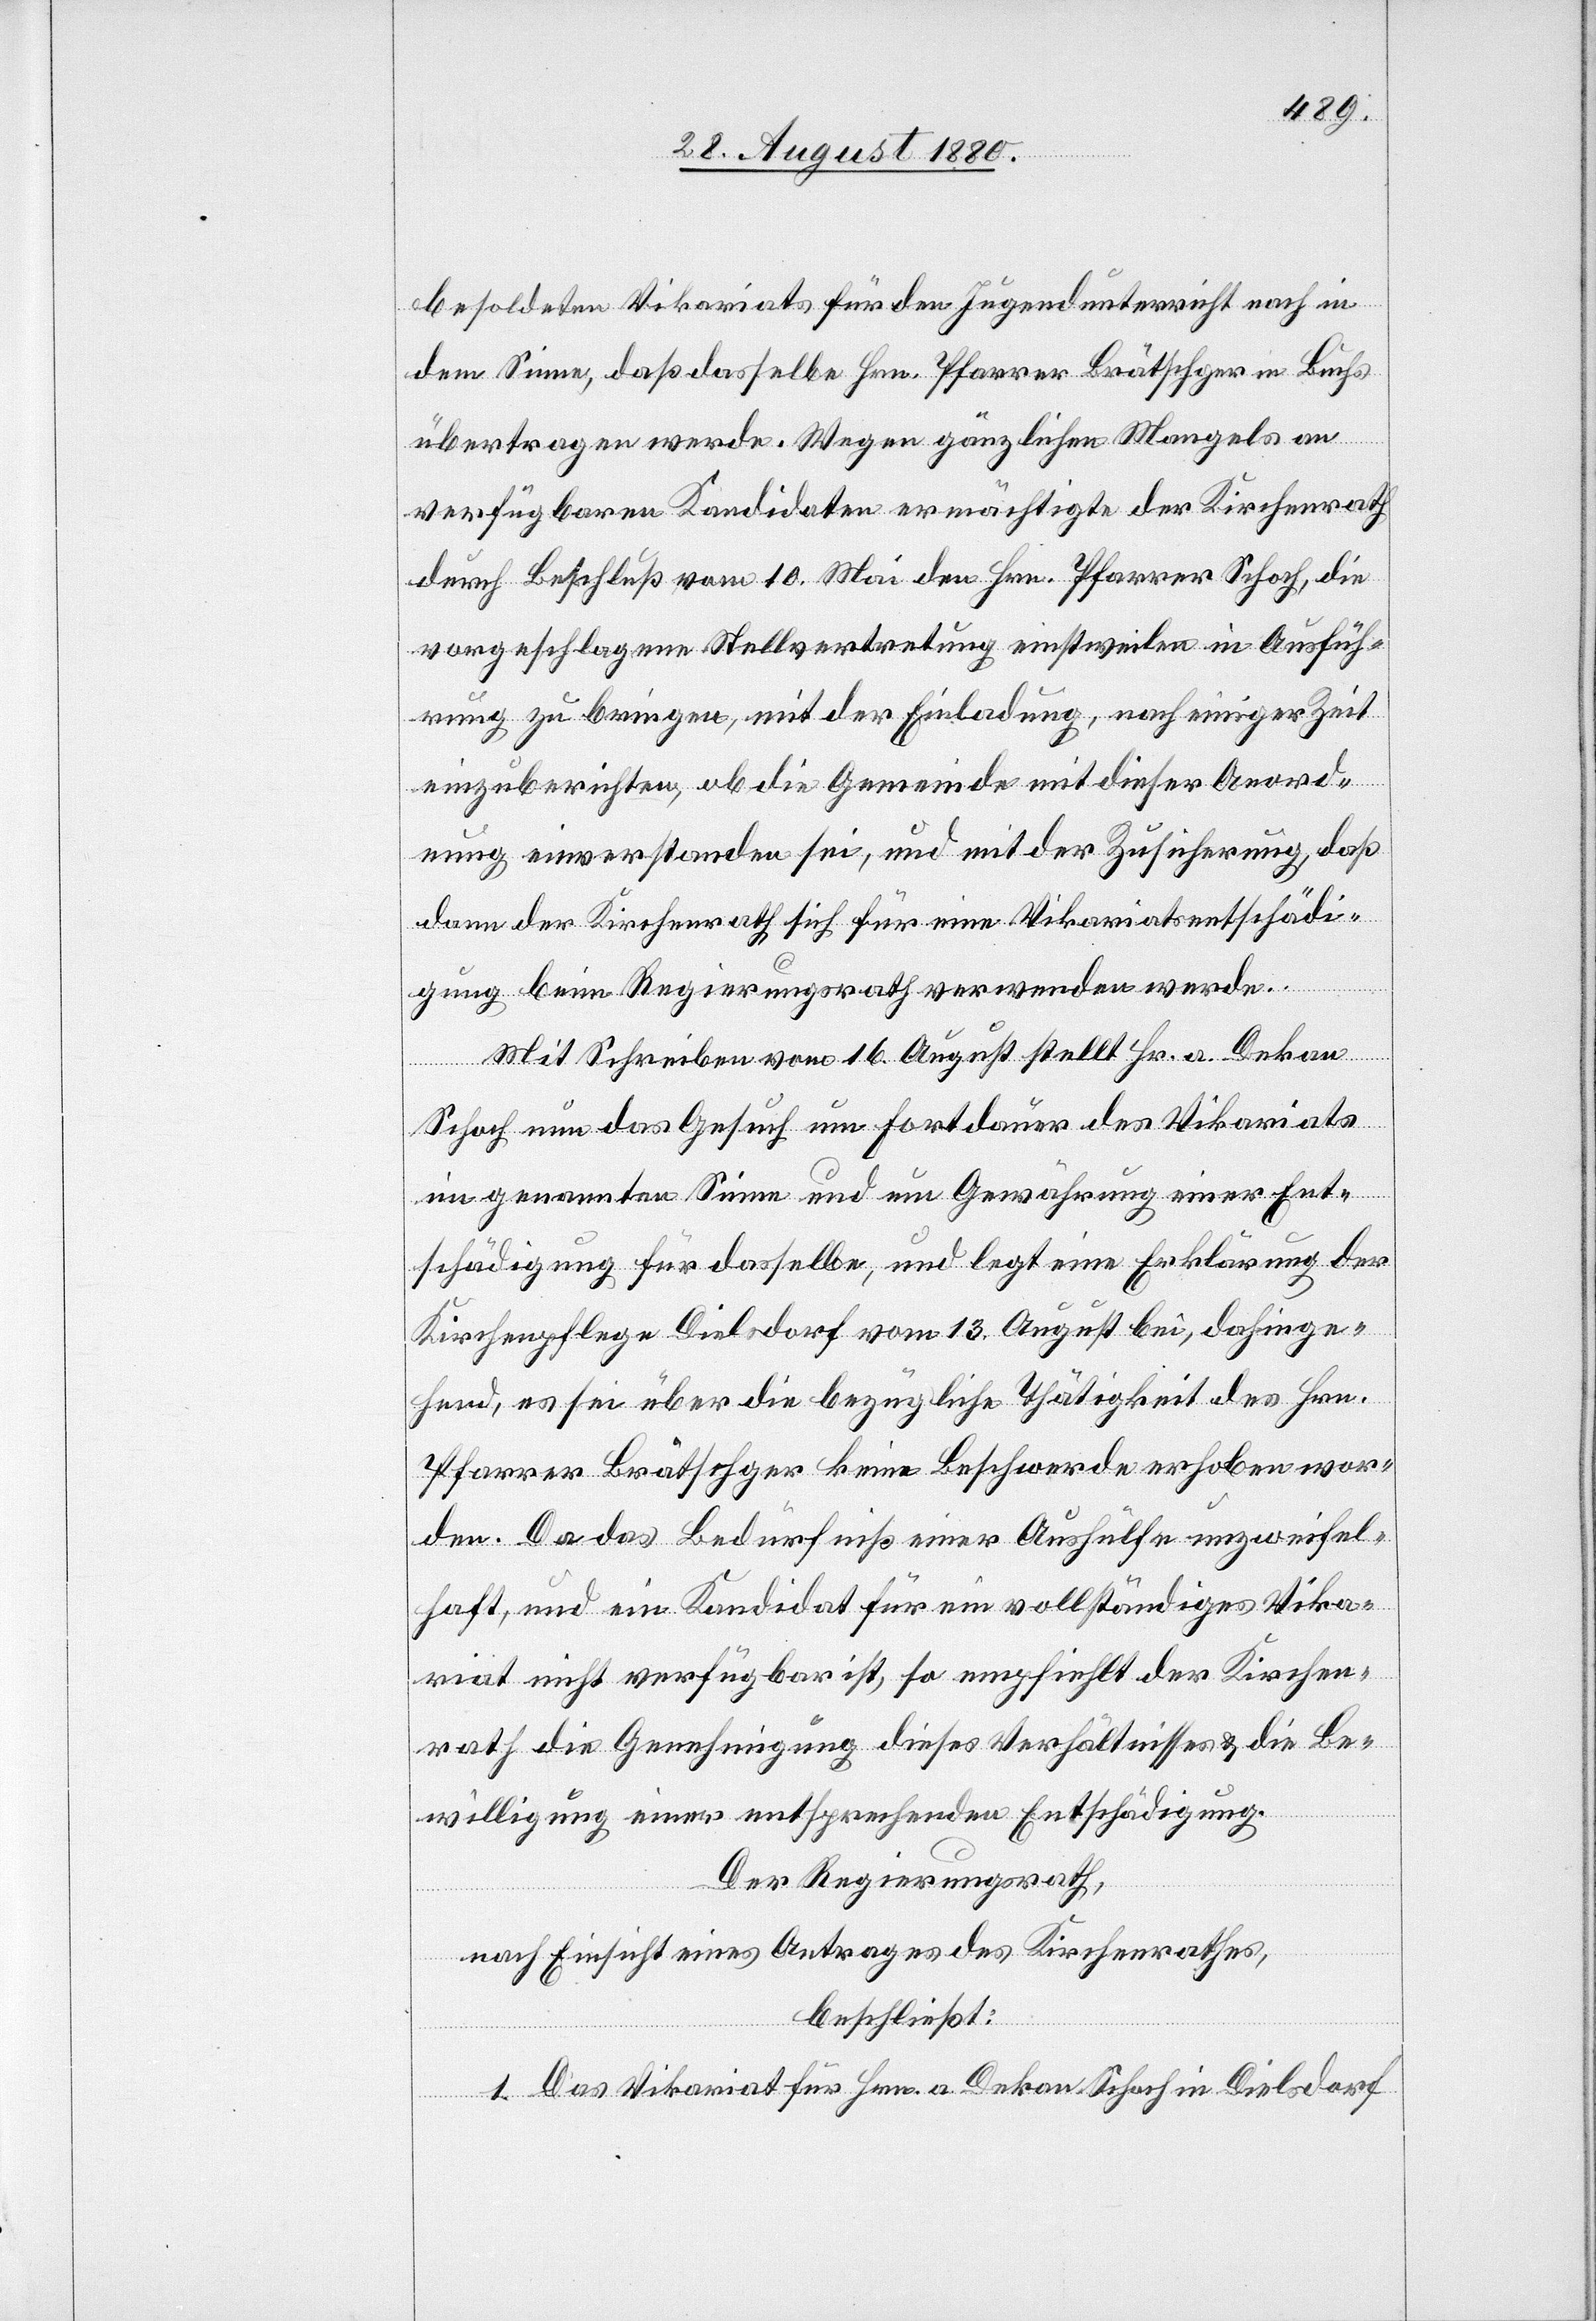
besoldeten Vikariats für den Jugendunterricht nach in
dem Sinne, daß dasselbe Hrn. Pfarrer Brätschger in Buchs
übertragen werde. Wegen gänzlichen Mangels an
verfügbaren Kandidaten ermächtigte der Kirchenrath
durch Beschluß vom 10. Mai den Hrn. Pfarrer Schoch, die
vorgeschlagene Stellvertretung einstweilen in Ausfüh¬
rung zu bringen, ob die Gemeinde mit dieser Anordnung einverstanden sei,
dann der Kirchenrath sich für eine Vikariatsentschädi¬
gung beim Regierungsrath verwenden werde.
Mit Schreiben vom 16. August stellt Hr. a. Dekan
Schoch nun das Gesuch um Fortdauer des Vikariats
im genannten Sinne und um Gewährung einer Ent¬
schädigung desselben, und legt eine Erklärung der
Kirchenpflege Dielsdorf vom 13. August bei, dahinge¬
hend, es sei über die bezügliche Thätigkeit des Hrn.
Pfarrer Brätschger keine Beschwerde erhoben wor¬
den. Da das Bedürfniß einer Aushülfe unzweifel¬
haft, und ein Kandidat für ein vollständiges Vika¬
riat nicht verfügbar ist, so empfiehlt der Kirchen¬
rath die Genehmigung dieses Verhältnisses & die Be¬
willigung einer entsprechenden Entschädigung.
Der Regierungsrath,
nach Einsicht eines Antrages des Kirchenrathes,
beschließt:
1. Das Vikariat für Hrn. a. Dekan Schoch in Dielsdorf